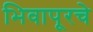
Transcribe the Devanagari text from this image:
भिवापूरचे